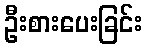
ဦးစားပေးခြင်း